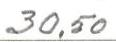
30,50